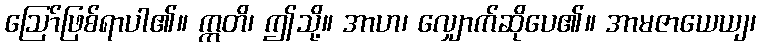
ဩော်ဖြစ်ရာပါ၏။ ဣတိ၊ ဤသို့။ အာဟ၊ လျှောက်ဆိုပေ၏။ အာမဇာယေယျ၊